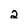
Character: 2